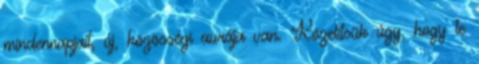
mindennapjait, új, közösségi aurája van. Közelítsük úgy, hogy te